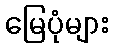
မြေပုံများ